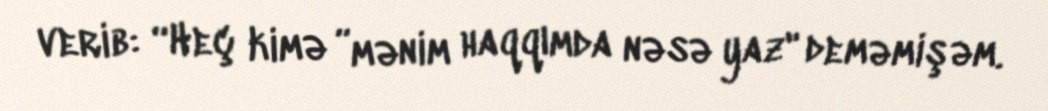
verib: “Heç kimə ”mənim haqqımda nəsə yaz" deməmişəm.